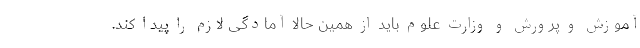
آموزش و پرورش و وزارت علوم باید از همین حالا آمادگی لازم را پیدا کند.